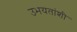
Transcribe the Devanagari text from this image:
उभयतांशी